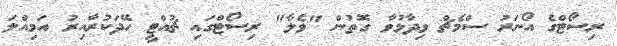
ރިސޯޓްގެ އޯނަރު ސްމެޗް ވިދާޅުވާ ގޮތުން "ވެލާ" ރިސޯޓްގައި ޗުއްޓީ ހޭދަކުރާއިރު އަމިއްލަ